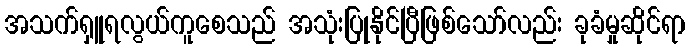
အသက်ရှူရလွယ်ကူစေသည် အသုံးပြုနိုင်ပြီဖြစ်သော်လည်း ခုခံမှုဆိုင်ရာ